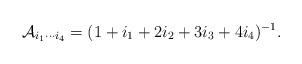
\begin{align*}\mathcal{A}_{i_1\cdots i_4}=(1+ i_1 + 2i_2 + 3i_3 + 4i_4 )^{-1}.\end{align*}